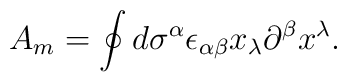
A_m=\oint d\sigma^{\alpha}\epsilon_{\alpha \beta}x_{\lambda}\partial^{\beta}x^{\lambda}.